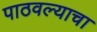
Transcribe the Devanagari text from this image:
पाठवल्याचा